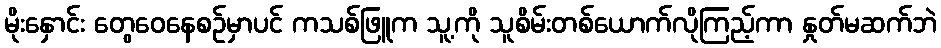
မိုးနှောင်း တွေဝေနေစဉ်မှာပင် ကသစ်ဖြူက သူ့ကို သူစိမ်းတစ်ယောက်လိုကြည့်ကာ နှုတ်မဆက်ဘဲ